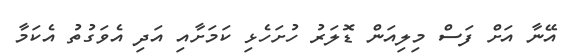
އޭނާ އަށް ފަސް މިލިއަން ޑޮލަރު ހުށަހެޅި ކަމަށާއި އަދި އެވަގުތު އެކަމާ